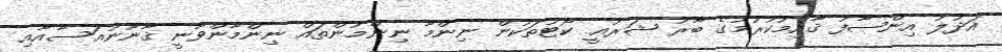
އަދުލު އިންޞާފު ޤާއިމުކުރުމުގެ ބާރު ޝަރުޢީ ކޯޓުތަކުން ނިންމާ ނިންމުންތައް ނިންމާންވާނީ ޤާނޫނުއަސާއާއި